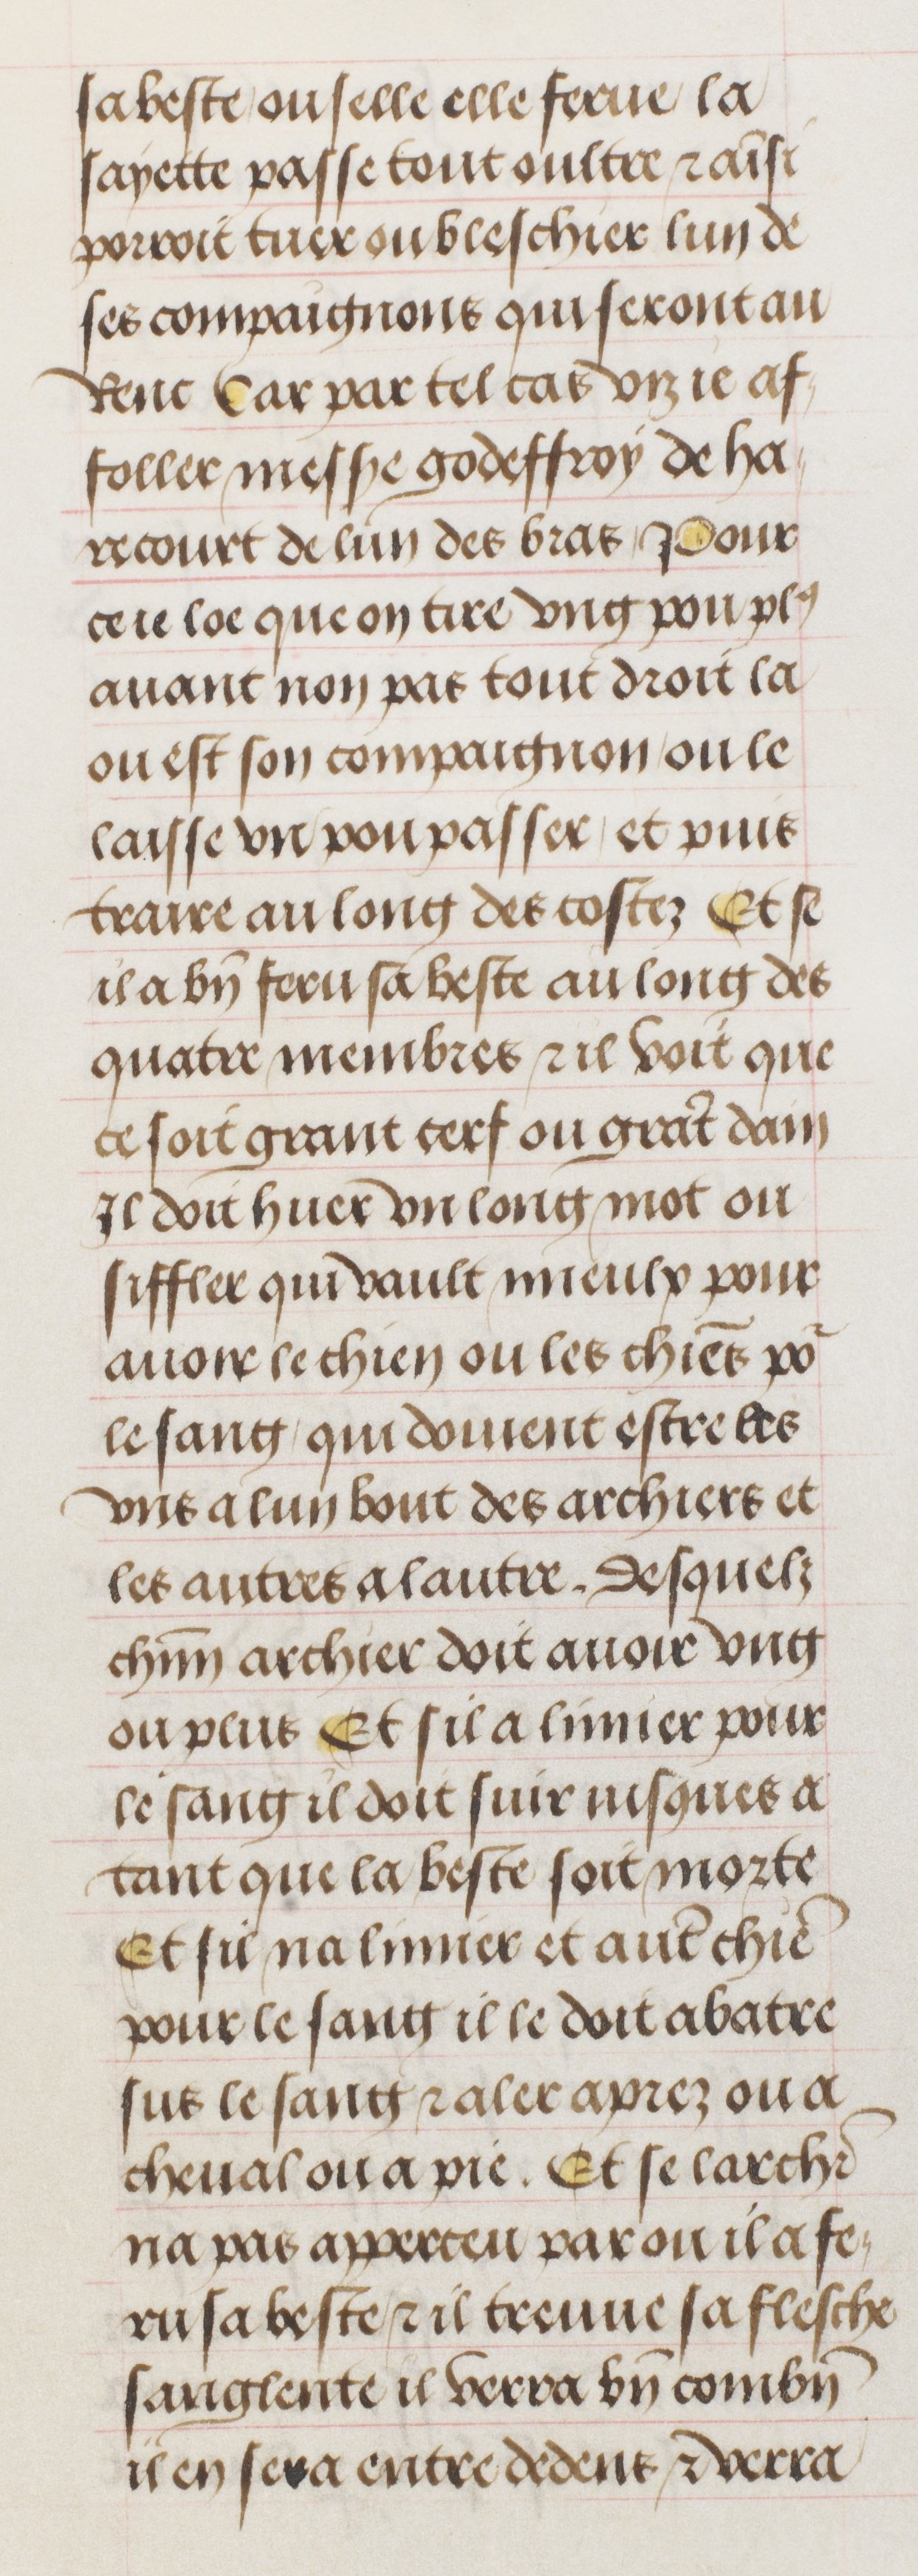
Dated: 1470–1500